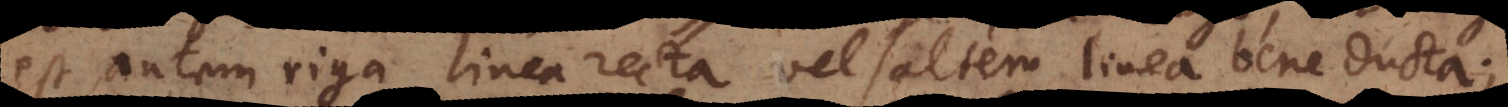
est autem riga linea recta vel saltem linea bene ducta;